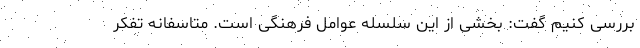
بررسی کنیم گفت: بخشی از این سلسله عوامل فرهنگی است. متاسفانه تفکر